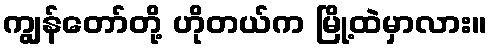
ကျွန်တော်တို့ ဟိုတယ်က မြို့ထဲမှာလား။